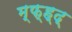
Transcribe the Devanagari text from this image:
म्फ्ह्द्